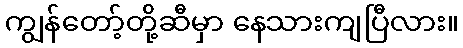
ကျွန်တော့်တို့ဆီမှာ နေသားကျပြီလား။